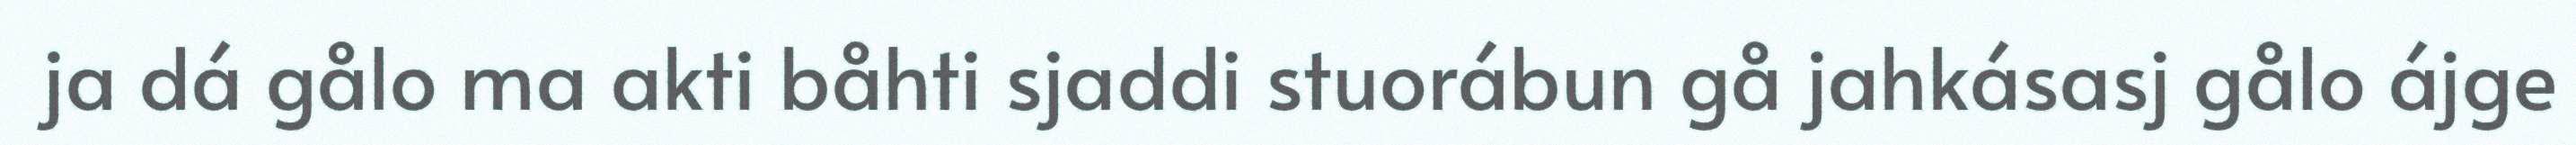
ja dá gålo ma akti båhti sjaddi stuorábun gå jahkásasj gålo ájge